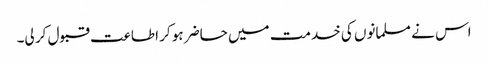
اس نے مسلمانوں کی خدمت میں حاضر ہو کر اطاعت قبول کر لی۔